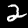
Digit: 2